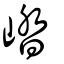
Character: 崉